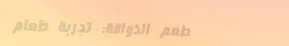
مطعم الذواقة: تجربة طعام